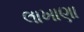
લાખાણા